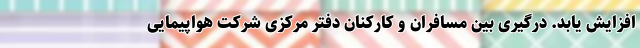
افزایش یابد. درگیری بین مسافران و کارکنان دفتر مرکزی شرکت هواپیمایی